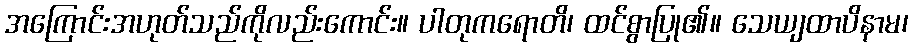
အကြောင်းအဟုတ်သည်ကိုလည်းကောင်း။ ပါတုကရောတိ၊ ထင်စွာပြု၏။ သေယျထာပိနာမ၊